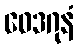
ဝေဒဂုနံ